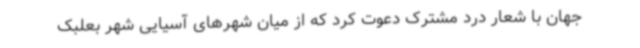
جهان با شعار درد مشترک دعوت کرد که از میان شهرهای آسیایی شهر بعلبک